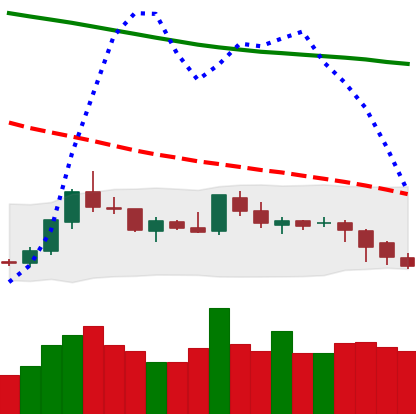
Ticker: LTC-USD
Chart end date: 2018-08-02
Forward return: -10.466%
Label: down_7plus